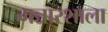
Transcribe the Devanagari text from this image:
मन्नारशाला